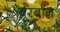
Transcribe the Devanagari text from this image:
बूरबॉन